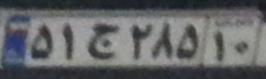
۵۱ج۲۸۵۱۰